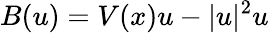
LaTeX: B(u)=V(x)u-\vert u\vert^{2}u